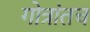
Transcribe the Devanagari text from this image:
गोत्रांतच